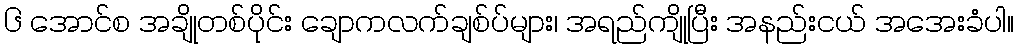
၆ အောင်စ အချိုတစ်ပိုင်း ချောကလက်ချစ်ပ်များ၊ အရည်ကျိုပြီး အနည်းငယ် အအေးခံပါ။